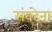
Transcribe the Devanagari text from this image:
संवदेना